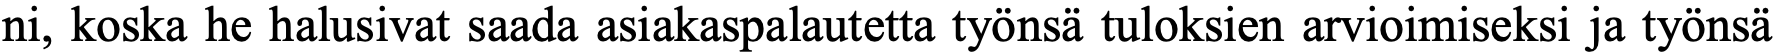
ni, koska he halusivat saada asiakaspalautetta työnsä tuloksien arvioimiseksi ja työnsä